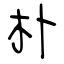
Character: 朴